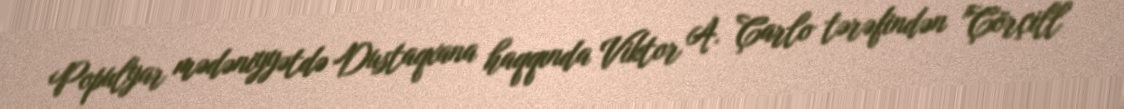
Populyar mədəniyyətdə Dustaqxana haqqında Viktor A. Çarlo tərəfindən "Çörçill